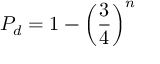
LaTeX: P _ { d } = 1 - \left( { \frac { 3 } { 4 } } \right) ^ { n }